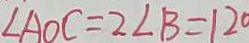
\angle A O C = 2 \angle B = 1 2 0